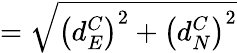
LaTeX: =\sqrt{\left({d_{E}^{C}}\right)^{2}+\left({d_{N}^{C}}\right)^{2}}